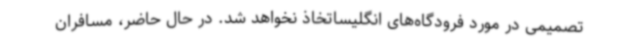
تصمیمی در مورد فرودگاه‌های انگلیساتخاذ نخواهد شد. در حال حاضر، مسافران